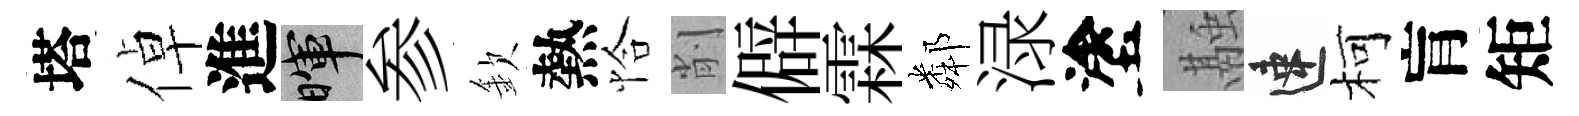
塔倬進暉参欽熱恰削僻霖鄰渌塗融速柯肓矩